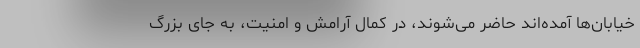
خیابان‌ها آمده‌اند حاضر می‌شوند، در کمال آرامش و امنیت، به جای بزرگ